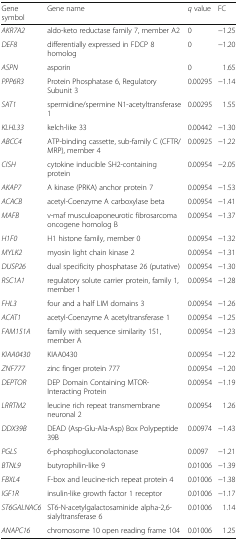
<table><thead><tr><td><b>Gene symbol</b></td><td><b>Gene name</b></td><td><b><i>q</i> value</b></td><td><b>FC</b></td></tr></thead><tbody><tr><td><i>AKR7A2</i></td><td>aldo-keto reductase family 7, member A2</td><td>0</td><td>−1.25</td></tr><tr><td><i>DEF8</i></td><td>differentially expressed in FDCP 8 homolog</td><td>0</td><td>−1.20</td></tr><tr><td><i>ASPN</i></td><td>asporin</td><td>0</td><td>1.65</td></tr><tr><td><i>PPP6R3</i></td><td>Protein Phosphatase 6, Regulatory Subunit 3</td><td>0.00295</td><td>−1.14</td></tr><tr><td><i>SAT1</i></td><td>spermidine/spermine N1-acetyltransferase 1</td><td>0.00295</td><td>1.55</td></tr><tr><td><i>KLHL33</i></td><td>kelch-like 33</td><td>0.00442</td><td>−1.30</td></tr><tr><td><i>ABCC4</i></td><td>ATP-binding cassette, sub-family C (CFTR/MRP), member 4</td><td>0.00925</td><td>−1.22</td></tr><tr><td><i>CISH</i></td><td>cytokine inducible SH2-containing protein</td><td>0.00954</td><td>−2.05</td></tr><tr><td><i>AKAP7</i></td><td>A kinase (PRKA) anchor protein 7</td><td>0.00954</td><td>−1.53</td></tr><tr><td><i>ACACB</i></td><td>acetyl-Coenzyme A carboxylase beta</td><td>0.00954</td><td>−1.41</td></tr><tr><td><i>MAFB</i></td><td>v-maf musculoaponeurotic fibrosarcoma oncogene homolog B</td><td>0.00954</td><td>−1.37</td></tr><tr><td><i>H1F0</i></td><td>H1 histone family, member 0</td><td>0.00954</td><td>−1.32</td></tr><tr><td><i>MYLK2</i></td><td>myosin light chain kinase 2</td><td>0.00954</td><td>−1.31</td></tr><tr><td><i>DUSP26</i></td><td>dual specificity phosphatase 26 (putative)</td><td>0.00954</td><td>−1.30</td></tr><tr><td><i>RSC1A1</i></td><td>regulatory solute carrier protein, family 1, member 1</td><td>0.00954</td><td>−1.28</td></tr><tr><td><i>FHL3</i></td><td>four and a half LIM domains 3</td><td>0.00954</td><td>−1.26</td></tr><tr><td><i>ACAT1</i></td><td>acetyl-Coenzyme A acetyltransferase 1</td><td>0.00954</td><td>−1.25</td></tr><tr><td><i>FAM151A</i></td><td>family with sequence similarity 151, member A</td><td>0.00954</td><td>−1.23</td></tr><tr><td><i>KIAA0430</i></td><td>KIAA0430</td><td>0.00954</td><td>−1.22</td></tr><tr><td><i>ZNF777</i></td><td>zinc finger protein 777</td><td>0.00954</td><td>−1.20</td></tr><tr><td><i>DEPTOR</i></td><td>DEP Domain Containing MTOR-Interacting Protein</td><td>0.00954</td><td>−1.19</td></tr><tr><td><i>LRRTM2</i></td><td>leucine rich repeat transmembrane neuronal 2</td><td>0.00954</td><td>1.26</td></tr><tr><td><i>DDX39B</i></td><td>DEAD (Asp-Glu-Ala-Asp) Box Polypeptide 39B</td><td>0.00974</td><td>−1.43</td></tr><tr><td><i>PGLS</i></td><td>6-phosphogluconolactonase</td><td>0.0097</td><td>−1.21</td></tr><tr><td><i>BTNL9</i></td><td>butyrophilin-like 9</td><td>0.01006</td><td>−1.39</td></tr><tr><td><i>FBXL4</i></td><td>F-box and leucine-rich repeat protein 4</td><td>0.01006</td><td>−1.38</td></tr><tr><td><i>IGF1R</i></td><td>insulin-like growth factor 1 receptor</td><td>0.01006</td><td>−1.17</td></tr><tr><td><i>ST6GALNAC6</i></td><td>ST6-N-acetylgalactosaminide alpha-2,6-sialyltransferase 6</td><td>0.01006</td><td>1.14</td></tr><tr><td><i>ANAPC16</i></td><td>chromosome 10 open reading frame 104</td><td>0.01006</td><td>1.25</td></tr></tbody></table>